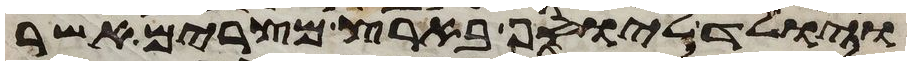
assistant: ויולד ליוסף בארץ מצרים אשר